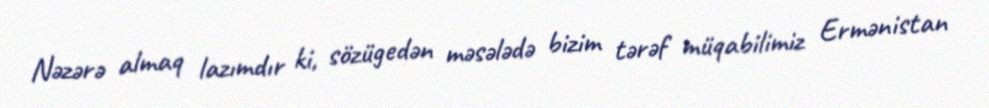
Nəzərə almaq lazımdır ki, sözügedən məsələdə bizim tərəf müqabilimiz Ermənistan